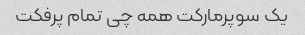
یک سوپرمارکت همه چی تمام پرفکت